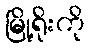
မြို့ရိုးကို